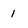
Character: 1